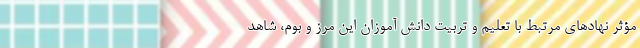
مؤثر نهادهای مرتبط با تعلیم و تربیت دانش آموزان این مرز و بوم، شاهد